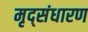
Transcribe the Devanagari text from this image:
मृद्‌संधारण